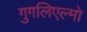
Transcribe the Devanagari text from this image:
गुगलिएल्मो